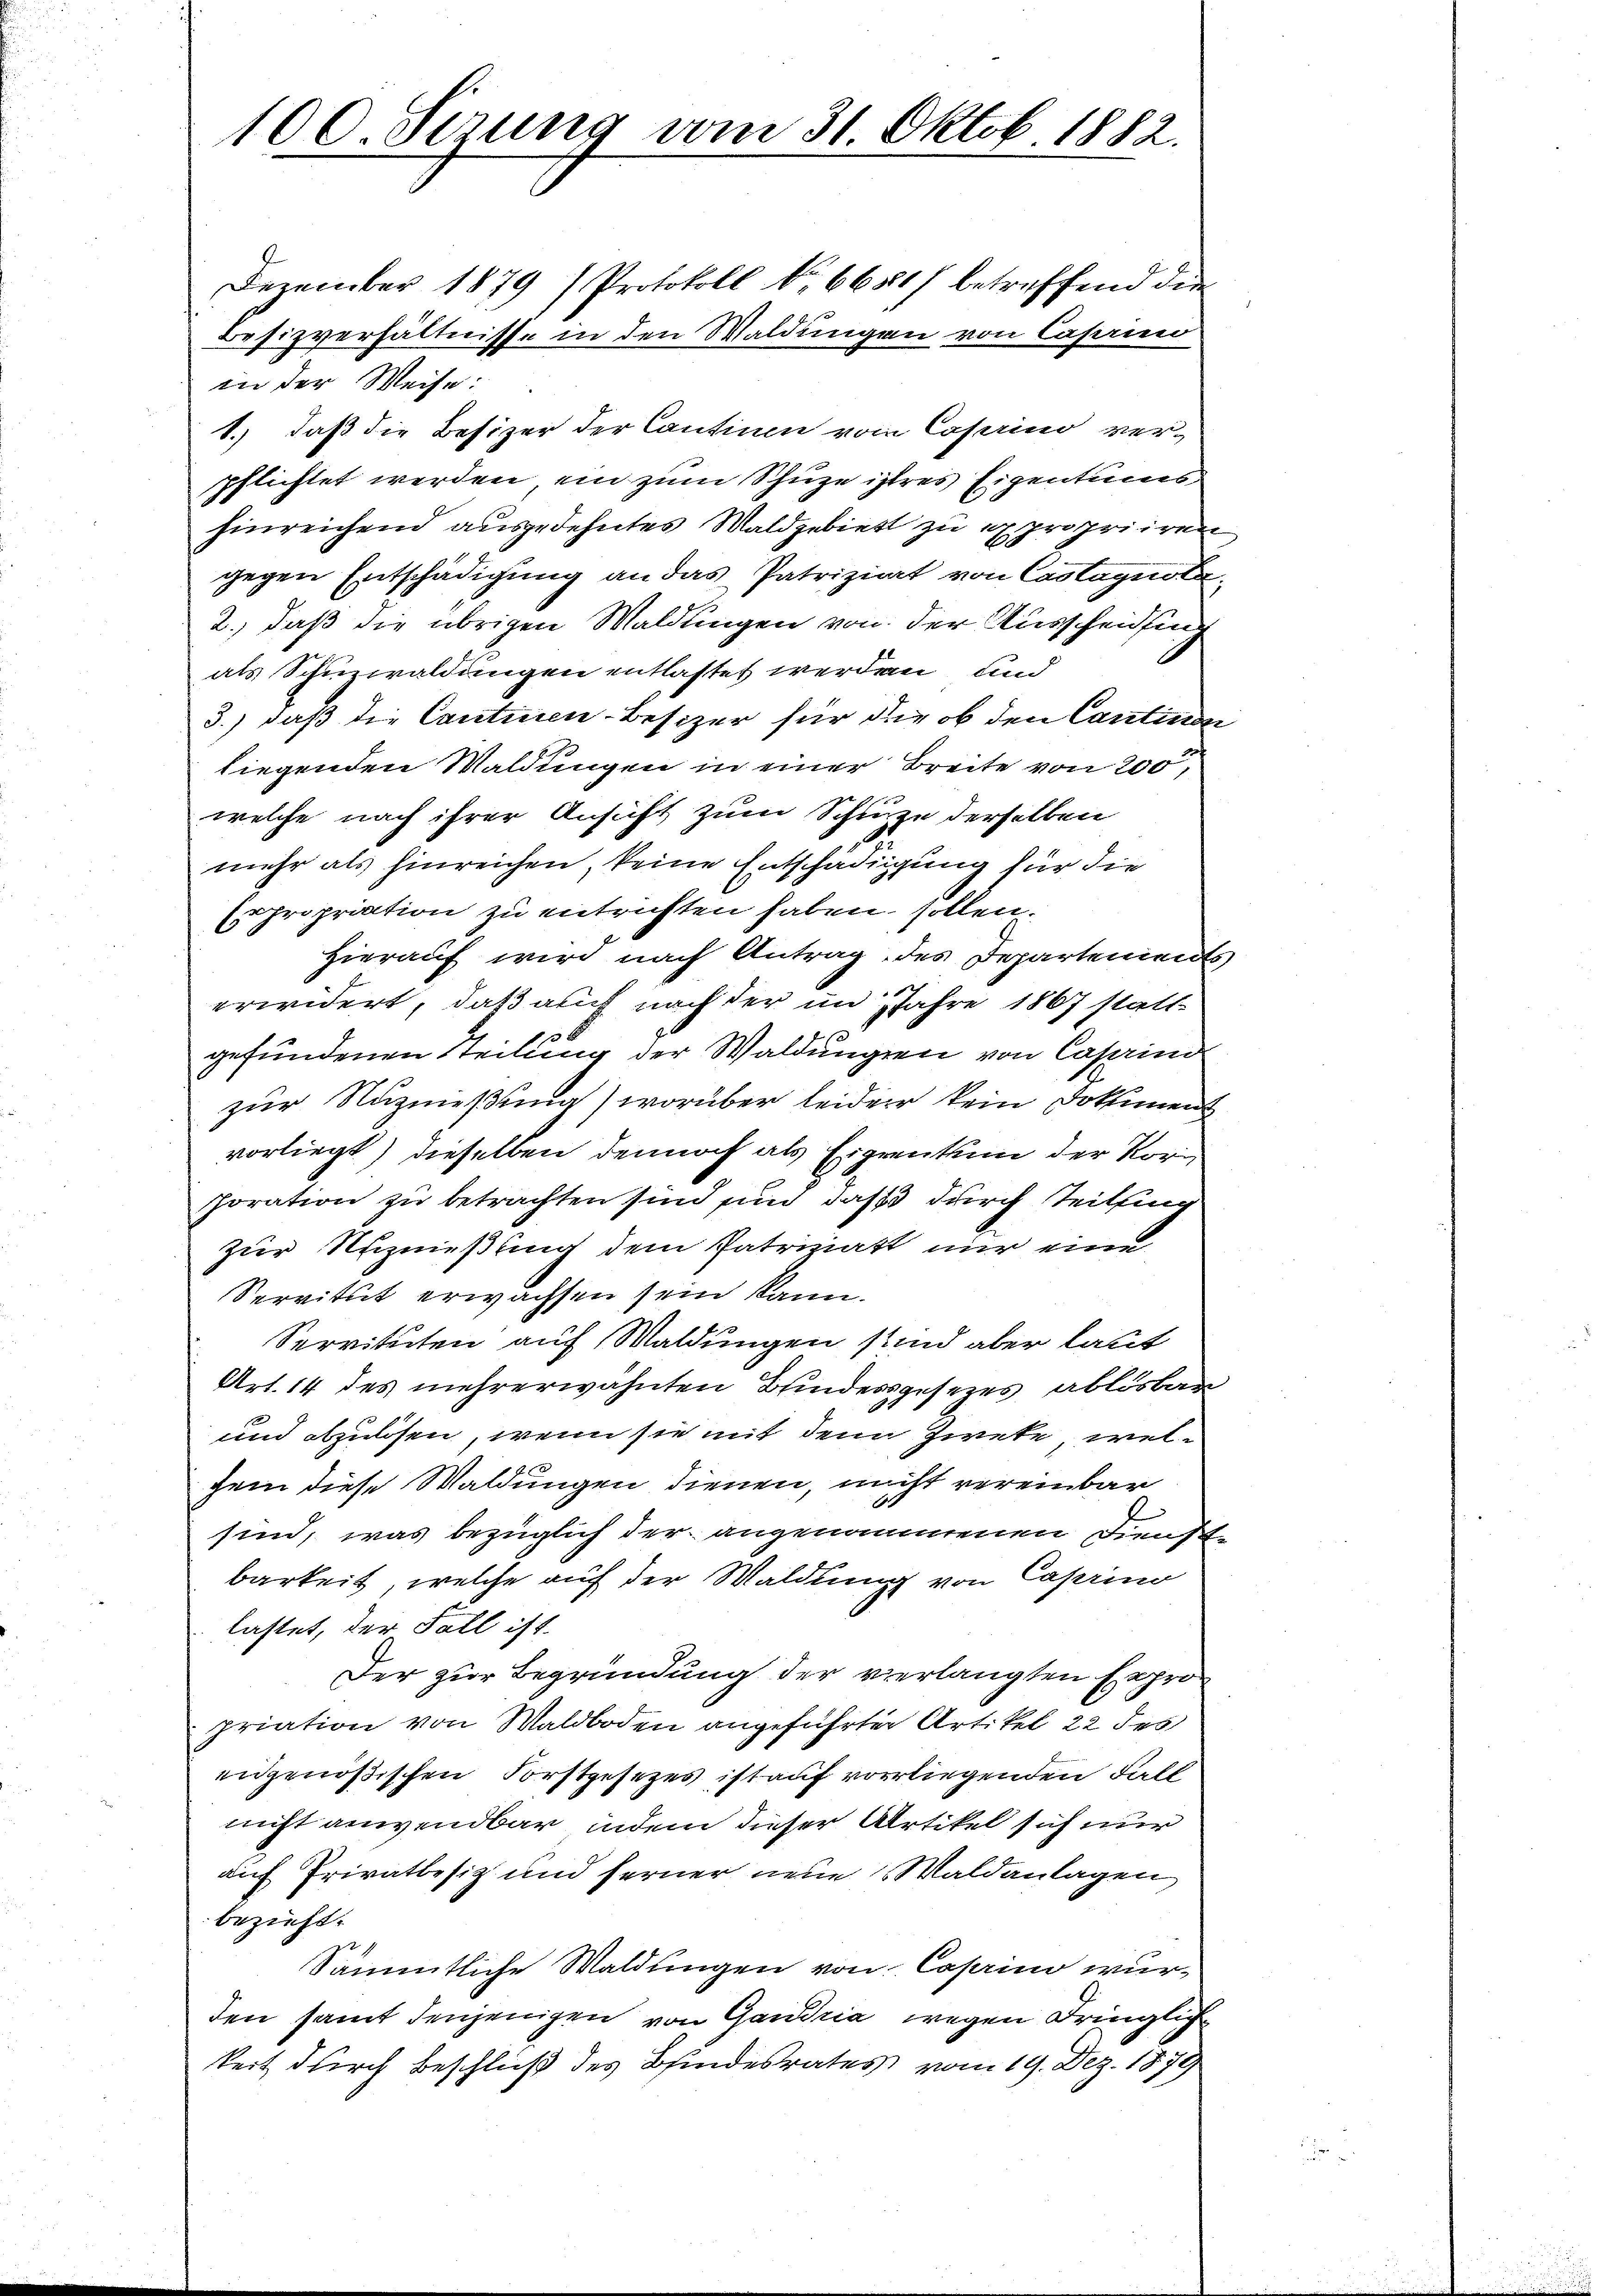
100. Serung vom 31. Oktob. 1882.
Dezember 1879 (Protokoll No 6681) betreffend die

Besizverhältnisse in den Waldungen von Caprino
in der Weise:
1.) daß die Besizer der Cantium vom Cosaino verpflichtet werden, ein zum Schuze istres Eigentums
hinreichend ausgedehntes Waldgebiet zu expropriiren
gegen Entschädigung an das Patriziert von Castagnote
2.) daß die übrigen Waldungen von der Ausscheidung
als Schuzwaldungen entlastet werden und
3.) daß die Cantinen-Besizer für die ob den Cantinde
liegenden Waldungen in einer Breite von 200,
welche nach ihrer Ansicht zum Schuze derselben
mehr als hinreichen, keine Entschädigung für die
propriation zu entrichten haben sollen.
hierauf wird nach Antrag des Departemen
erwidert, daß auch nach der im Jahre 1867 statt-
gefundenen Teilung der Waldungen von Caprien
zur Nuzmeßung) worüber leider kein Dokumens
vorliegt) dieselben dennoch als Eigentum der Korporation zu betrachten sind sind, daß durch teilung
zur Nutznießung dem Patriziatt nur eine
Servitut erwachsen sein kann.
Servituten auf Waldungen sind aber laut
Art. 14 des mehrerwähnten Bindessgesezes ablösbar
und abzulösen, wenn sie mit dem Zwete, welhein diese Waldungen dienen, nicht vereinbar
sind, was bezüglich der angenommenen Dienst
barkeit, welche auf der Waldung von Caprino
lastet, der Fall ist.
Der zur Begründung der verlangten Expropriation von Waldboden angeführter Artikel 22 des
eidgenößischen Forstgesezes ist auf vorliegenden Fall
nicht anwendbar, indem dieser Artikel sich nur
auf Privatbesiz und ferner neue Waldanlagen
bezieht.
Sämmtliche Waldungen von Casino wurden samt denjenigen von Gandria wegen Dringlichkeit durch Beschließ des Bindesrates vom 19. Dez. 1879

3
2

s
2